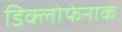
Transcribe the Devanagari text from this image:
डिक्लोफेनाक